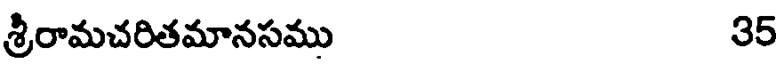
శ్రీరామచరితమానసము 35